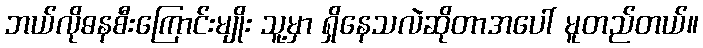
ဘယ်လိုဓနစီးကြောင်းမျိုး သူ့မှာ ရှိနေသလဲဆိုတာအပေါ် မူတည်တယ်။